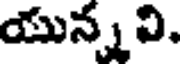
యున్న వి.